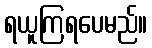
ရယူကြရပေမည်။